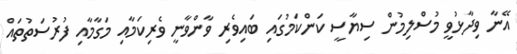
އޭނާ ވިދާޅުވީ މުސްލިމުން ސިޔާސީ ކަންކަމުގައި ބައިވެރި ވާންވާނީ ވެރިކަމާއި މަގާމާއި ފުރުސަތުތައް